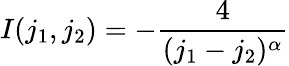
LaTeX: I(j_{1},j_{2})=-\frac{4}{(j_{1}-j_{2})^{\alpha}}